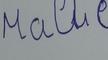
Signature authenticity: forged